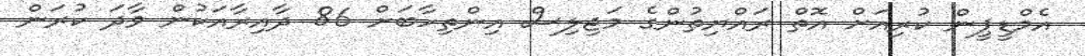
އެމްޑީޕީން ކުރިއަށް އޮތް ރައްޔިތުންގެ މަޖިލިސް އިންތިހާބަށް 86 ދާއިރާއަކުން ވާދަ ކުރަން